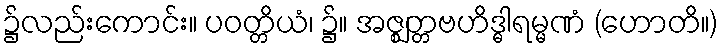
၌လည်းကောင်း။ ပဝတ္တိယံ၊ ၌။ အဇ္ဈတ္တဗဟိဒ္ဓါရမ္မဏံ (ဟောတိ။)